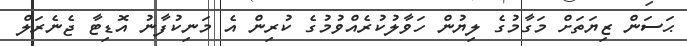
ޙަސަން ޒިޔަތަށް މަގާމުގެ ލިޔުން ހަވާލުކުރެއްވުމުގެ ކުރިން އެ މަނިކުފާނު އޮޑިޓާ ޖެނެރަލް